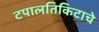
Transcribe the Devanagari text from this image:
टपालतिकिटाचे